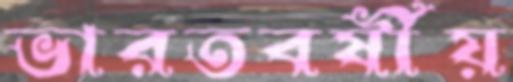
ভারতবর্ষীয়